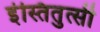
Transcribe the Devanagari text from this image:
इंस्तितुत्सी